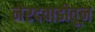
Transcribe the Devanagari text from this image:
नेरदवाडीतून